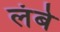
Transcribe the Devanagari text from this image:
लंबे